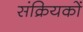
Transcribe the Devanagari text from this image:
संक्रियकों